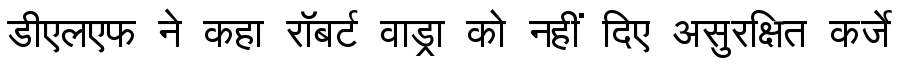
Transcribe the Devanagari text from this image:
डीएलएफ ने कहा रॉबर्ट वाड्रा को नहीं दिए असुरक्षित कर्जे